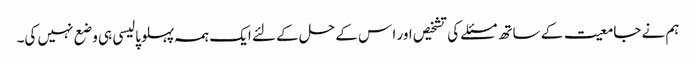
ہم نے جامعیت کے ساتھ مسئلے کی تشخیص اور ا س کے حل کے لئے ایک ہمہ پہلوپالیسی ہی وضع نہیں کی۔